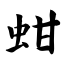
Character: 蚶